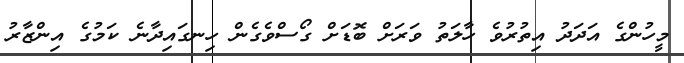
މީހުންގެ އަދަދު އިތުރުވެ ހާލަތު ވަރަށް ބޮޑަށް ގޯސްވެގެން ހިނގައިދާނެ ކަމުގެ އިންޒާރު